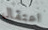
اعتقال